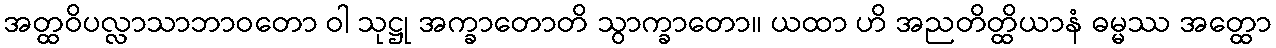
အတ္ထဝိပလ္လာသာဘာဝတော ဝါ သုဋ္ဌု အက္ခာတောတိ သွာက္ခာတော။ ယထာ ဟိ အညတိတ္ထိယာနံ ဓမ္မဿ အတ္ထော